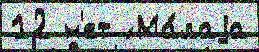
12 н'ет ́ Ма́лаjа